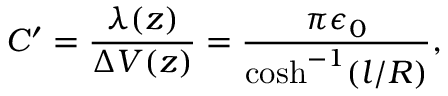
C ^ { \prime } = \frac { \lambda ( z ) } { \Delta V ( z ) } = \frac { \pi \epsilon _ { 0 } } { \cosh ^ { - 1 } ( l / R ) } ,